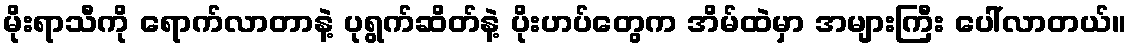
မိုးရာသီကို ရောက်လာတာနဲ့ ပုရွက်ဆိတ်နဲ့ ပိုးဟပ်တွေက အိမ်ထဲမှာ အများကြီး ပေါ်လာတယ်။